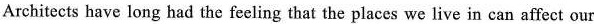
Architects have long had the feeling that the places we live in can affect our